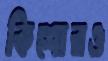
কিশোরও